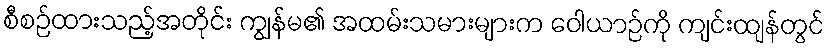
စီစဉ်ထားသည့်အတိုင်း ကျွန်မ၏ အထမ်းသမားများက ဝေါယာဉ်ကို ကျင်းထျန်တွင်